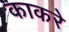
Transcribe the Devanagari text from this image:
काकरे